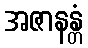
အဇာနန္တံ